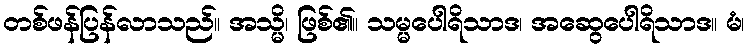
တစ်ဖန်ပြန်လာသည်။ အသ္မိ၊ ဖြစ်၏။ သမ္မပေါရိသာဒ၊ အဆွေပေါရိသာဒ။ မံ၊